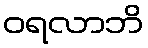
ဝရလာဘိ